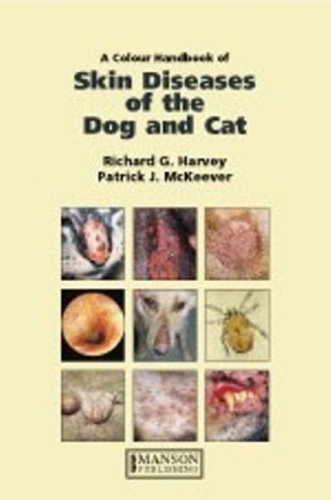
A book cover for A Colour Handbook Of Skin Diseases Of The Dog And Cat; Richard Harvey; Medical Books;